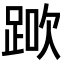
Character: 𨁰